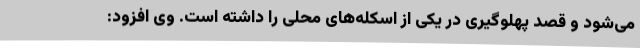
می‌شود و قصد پهلوگیری در یکی از اسکله‌های محلی را داشته است. وی افزود: